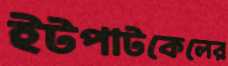
ইটপাটকেলের